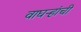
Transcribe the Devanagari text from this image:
वाघऱ्‍हांची